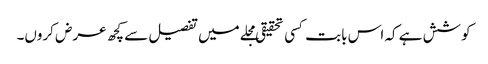
کوشش ہے کہ اس بابت کسی تحقیقی مجلے میں تفصیل سے کچھ عرض کروں۔